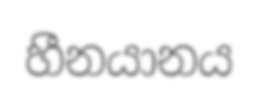
හීනයානය